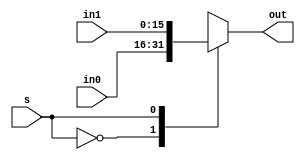

module mux2x1 #
(
  parameter WIDTH = 16
)
(
  input [WIDTH-1:0] in0,
  input [WIDTH-1:0] in1,
  input [1-1:0] s,
  output [WIDTH-1:0] out
);

  wire [WIDTH-1:0] ins [0:2-1];
  assign ins[0] = in0;
  assign ins[1] = in1;
  assign out = ins[s];

endmodule